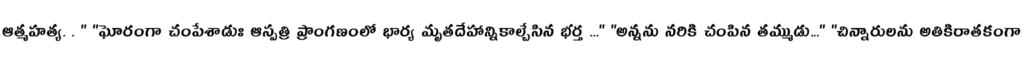
ఆత్మహత్య. . " "ఘోరంగా చంపేశాడుః ఆస్పత్రి ప్రాంగణంలో భార్య మృతదేహాన్నికాల్చేసిన భర్త ..." "అన్నను నరికి చంపిన తమ్ముడు..." "చిన్నారులను అతికిరాతకంగా